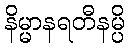
နိမ္မာနရတီနမ္ပိ